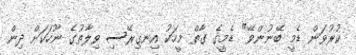
ކުރުވަން ޑެމީ ބޭނުންވޭ" ޑެމީގެ ގާތް މީހަކު އިނގިރޭސި ވިލާތުގެ ނޫހަކަށް ދިން